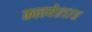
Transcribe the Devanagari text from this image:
कलये॥१७॥